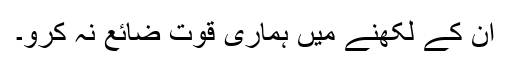
ان کے لکھنے میں ہماری قوت ضائع نہ کرو۔